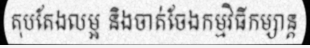
តុបតែងលម្អ និងចាត់ចែងកម្មវិធីកម្សាន្ត